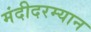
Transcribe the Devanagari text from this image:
मंदीदरम्यान